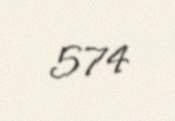
574